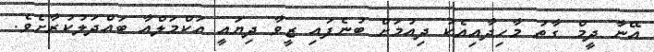
އޭނާ ދީމް ގާތު މާހިދާއިއެކު ދިއުމަށް ބުނެފައި ޒީވާ ދިޔައީ އަކްމަލްއާ ބައްދަލުކުރާށެވެ.